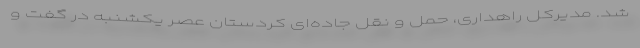
شد. مدیرکل راهداری، حمل و نقل جاده‌ای کردستان عصر یکشنبه در گفت و